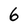
Character: 6